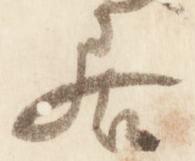
居